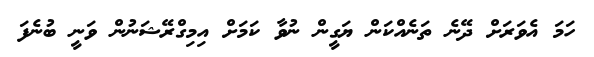
ހަމަ އެވަރަށް ދޭނެ ތަނެއްކަން ޔަގީން ނުވާ ކަމަށް އިމިގްރޭޝަނުން ވަނީ ބުނެފަ